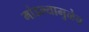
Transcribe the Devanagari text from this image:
मांडल्यामुळेच